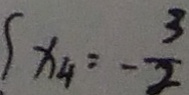
x _ { 4 } = - \frac { 3 } { 2 }